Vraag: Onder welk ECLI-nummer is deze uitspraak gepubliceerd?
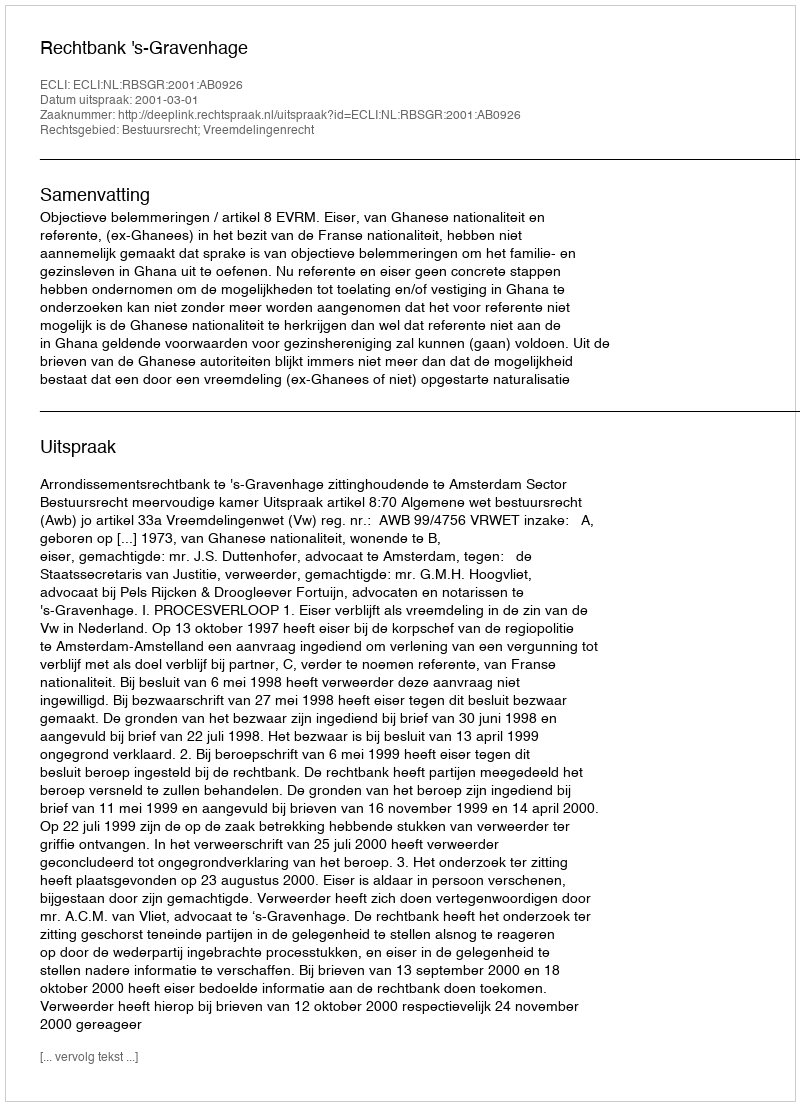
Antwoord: ECLI:NL:RBSGR:2001:AB0926